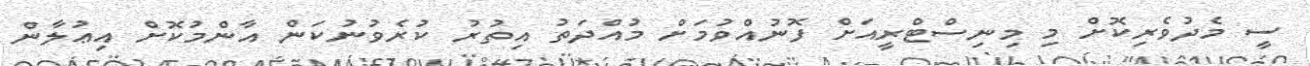
ސީ މެދުވެރިކޮށް މި މިނިސްޓްރީއަށް ފޮނުއްވުމަށް މުއްދަތު އިތުރު ކުރެވުނުކަން އާންމުކޮށް އިޢުލާން